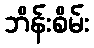
ဘိန်းစိမ်း